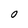
Character: 0